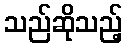
သည်ဆိုသည့်